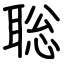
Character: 聡